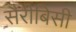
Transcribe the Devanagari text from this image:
सैरीबिसी